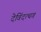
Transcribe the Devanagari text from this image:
देविंदत्थव